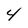
Character: 4